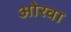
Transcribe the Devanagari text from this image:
ओरवा